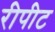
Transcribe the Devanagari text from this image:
रीपीट